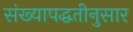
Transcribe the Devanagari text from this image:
संख्यापद्धतीनुसार